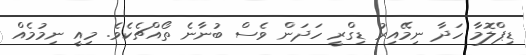
ޑިޕްލޮމާ ހަދާ ނިމޭއިރު ޑިގްރީ ހަދަން ވެސް ބުނާނެ ތޯއްޗެކެވެ. މިއީ ނިމުމެއް